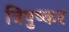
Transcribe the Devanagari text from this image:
त्रिपुष्कर